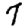
Digit: 7